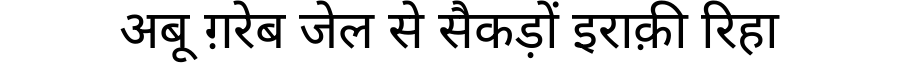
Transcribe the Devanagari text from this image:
अबू ग़रेब जेल से सैकड़ों इराक़ी रिहा